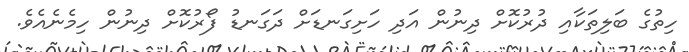
ހިތުގެ ބަލިތަކާއި ދުރުކޮށް ދިނުން އަދި ހަށިގަނޑަށް ދަގަނޑު ފޯރުކޮށް ދިނުން ހިމެނެއެވެ.